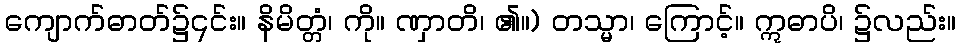
ကျောက်ဓာတ်၌၎င်း။ နိမိတ္တံ၊ ကို။ ဏှာတိ၊ ၏။) တသ္မာ၊ ကြောင့်။ ဣဓာပိ၊ ၌လည်း။